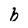
Character: b